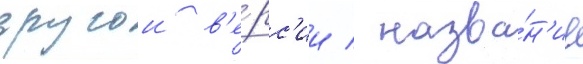
другои в'е́рс'ии / назва́н'ие